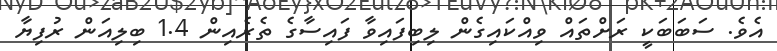
އެވެ. ސަބަބަކީ ރަށްތައް ވިއްކައިގެން ލިބިފައިވާ ފައިސާގެ ތެރެއިން 1.4 ބިލިއަން ރުފިޔާ